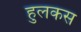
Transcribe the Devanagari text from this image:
हुलकस